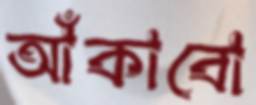
আঁকাবো